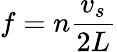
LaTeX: f=n\frac{v_{s}}{2L}